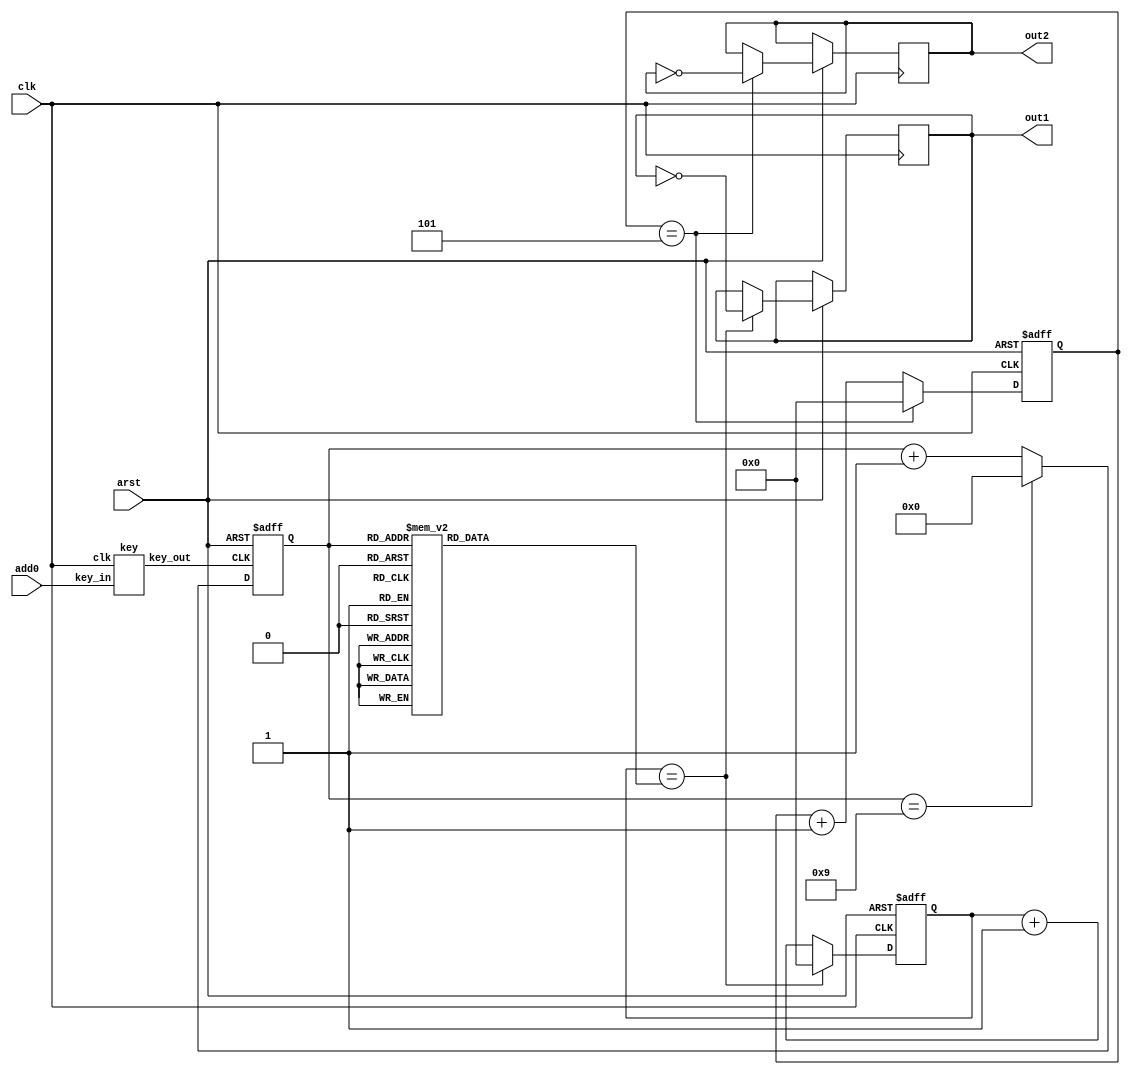

module blue_test(clk,arst,add0,out1,out2);
input clk,arst,add0;
output out1,out2;
reg out1,out2;


wire add;
key KEY(add0,add,clk);

reg [3:0]state;
reg [12:0]div;

always@(negedge add or negedge arst)
begin
	if(~arst)
		state<=0;
	else if(state==4'd9)
		state<=0;
	else 
		state<=state+1'b1;
end

always@(state)
case(state)
	4'd0:div<=13'h1388;
	4'd1:div<=13'h904;
	4'd2:div<=13'h683;
	4'd3:div<=13'h4e2;
	4'd4:div<=13'h3e8;
	4'd5:div<=13'h341;
	4'd6:div<=13'h2ca;
	4'd7:div<=13'h271;
	4'd8:div<=13'h22c;
	4'd9:div<=13'h1f4;
	default:div<=13'h1388;
endcase

////////////////
reg [12:0]cnt1;
reg [12:0]cnt2;

always@(posedge clk or negedge arst)
begin
	if(~arst)
		cnt1<=0;
	else if(cnt1==div)
		begin
		cnt1<=0;
		out1<=~out1;
		end
	else
		cnt1<=cnt1+1'b1;
end

always@(negedge clk or negedge arst)
begin
	if(~arst)
		cnt2<=0;
	else if(cnt2==5)
		begin
		cnt2<=0;
		out2<=~out2;
		end
	else
		cnt2<=cnt2+1'b1;
end

endmodule 




//module key(key_in,key_out,CP,nCR);
module key(key_in,key_out,clk);
parameter SAMPLE_TIME = 23'd500000;
input clk;
input key_in;
output key_out;

reg [22:0] count_low;
reg [22:0] count_high;

reg key_out_reg;

always @(posedge clk)
 if(key_in ==1'b0)
  count_low <= count_low + 1'b1;
 else
  count_low <= 0;

always @(posedge clk)
 if(key_in ==1'b1)
  count_high <= count_high + 1'b1;
 else
  count_high <= 0;
  
always @(posedge clk)
 if(count_high == SAMPLE_TIME)
  key_out_reg <= 1'b1;
 else if(count_low == SAMPLE_TIME)
  key_out_reg <= 0;

assign key_out = key_out_reg;

endmodule